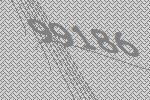
99186